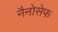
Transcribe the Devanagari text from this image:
नैनोसेफ